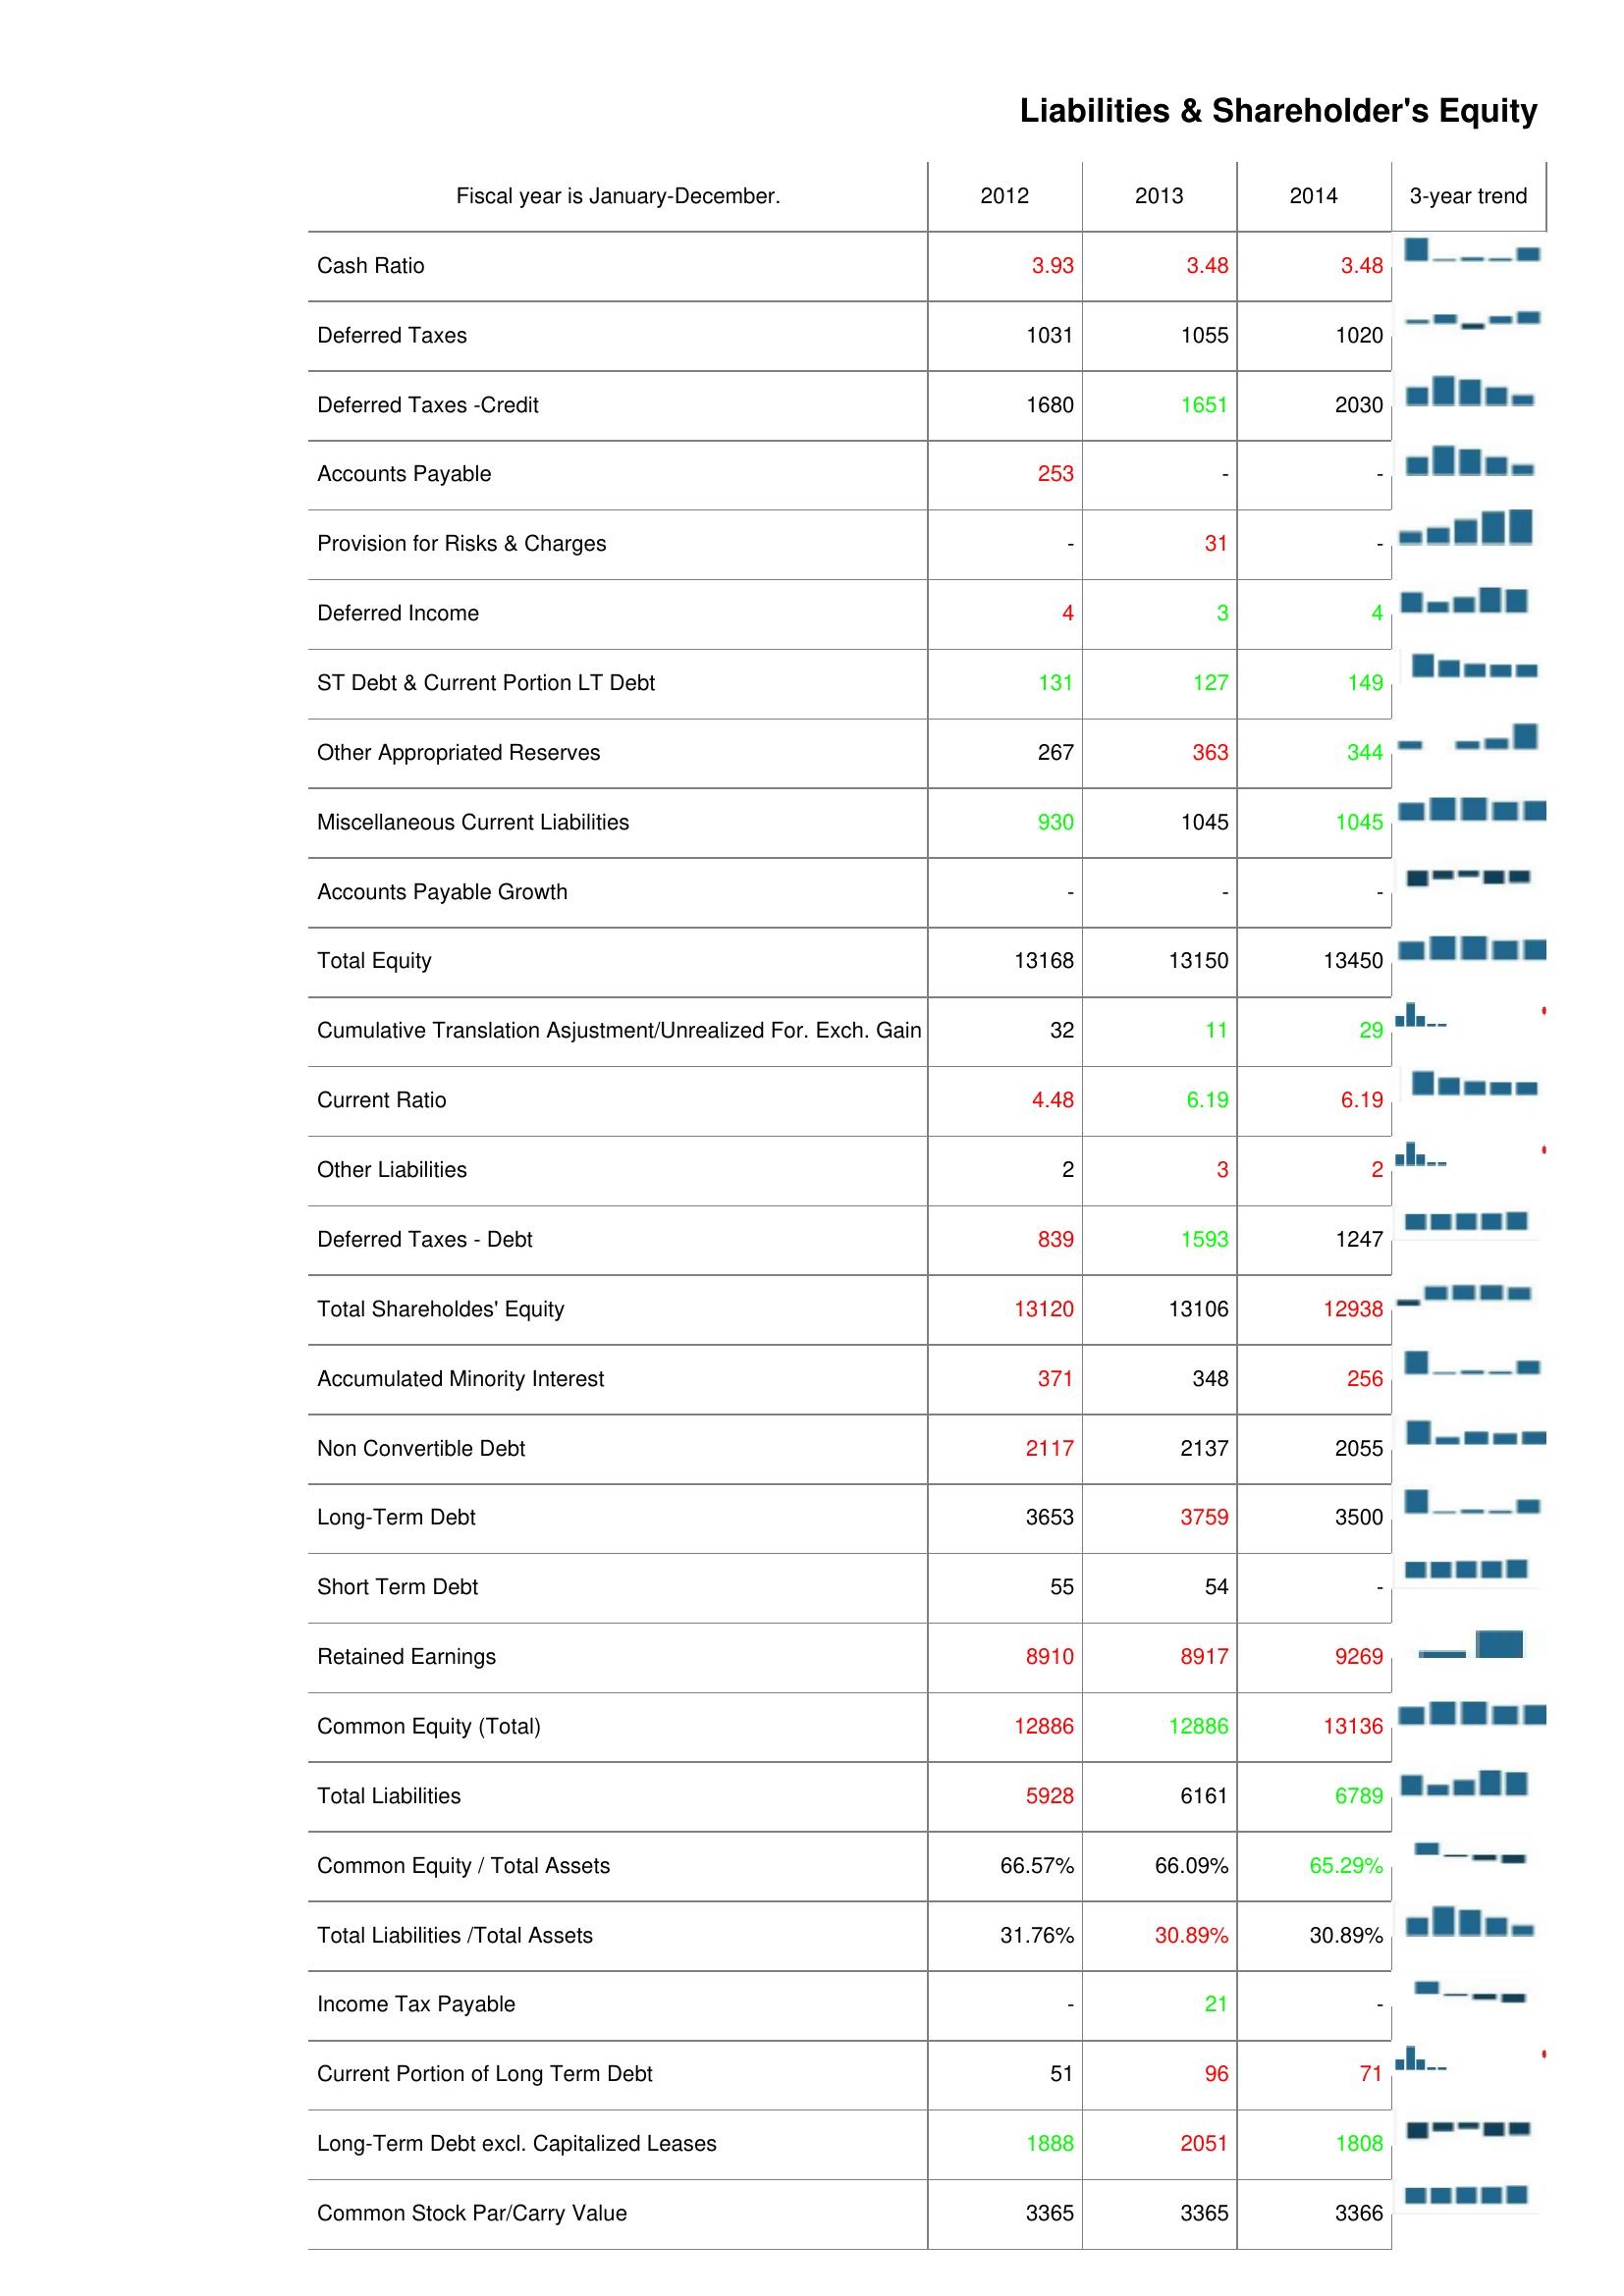
2012: Liabilities & Shareholder's Equity: Cash Ratio: 3.93
Deferred Taxes: 1031
Deferred Taxes -Credit: 1680
Accounts Payable: 253
Provision for Risks & Charges: -
Deferred Income: 4
ST Debt & Current Portion LT Debt: 131
Other Appropriated Reserves: 267
Miscellaneous Current Liabilities: 930
Accounts Payable Growth: -
Total Equity: 13168
Cumulative Translation Asjustment/Unrealized For. Exch. Gain: 32
Current Ratio: 4.48
Other Liabilities: 2
Deferred Taxes - Debt: 839
Total Shareholdes' Equity: 13120
Accumulated Minority Interest: 371
Non Convertible Debt: 2117
Long-Term Debt: 3653
Short Term Debt: 55
Retained Earnings: 8910
Common Equity (Total): 12886
Total Liabilities: 5928
Common Equity / Total Assets: 66.57%
Total Liabilities /Total Assets: 31.76%
Income Tax Payable: -
Current Portion of Long Term Debt: 51
Long-Term Debt excl. Capitalized Leases: 1888
Common Stock Par/Carry Value: 3365
2013: Liabilities & Shareholder's Equity: Cash Ratio: 3.48
Deferred Taxes: 1055
Deferred Taxes -Credit: 1651
Accounts Payable: -
Provision for Risks & Charges: 31
Deferred Income: 3
ST Debt & Current Portion LT Debt: 127
Other Appropriated Reserves: 363
Miscellaneous Current Liabilities: 1045
Accounts Payable Growth: -
Total Equity: 13150
Cumulative Translation Asjustment/Unrealized For. Exch. Gain: 11
Current Ratio: 6.19
Other Liabilities: 3
Deferred Taxes - Debt: 1593
Total Shareholdes' Equity: 13106
Accumulated Minority Interest: 348
Non Convertible Debt: 2137
Long-Term Debt: 3759
Short Term Debt: 54
Retained Earnings: 8917
Common Equity (Total): 12886
Total Liabilities: 6161
Common Equity / Total Assets: 66.09%
Total Liabilities /Total Assets: 30.89%
Income Tax Payable: 21
Current Portion of Long Term Debt: 96
Long-Term Debt excl. Capitalized Leases: 2051
Common Stock Par/Carry Value: 3365
2014: Liabilities & Shareholder's Equity: Cash Ratio: 3.48
Deferred Taxes: 1020
Deferred Taxes -Credit: 2030
Accounts Payable: -
Provision for Risks & Charges: -
Deferred Income: 4
ST Debt & Current Portion LT Debt: 149
Other Appropriated Reserves: 344
Miscellaneous Current Liabilities: 1045
Accounts Payable Growth: -
Total Equity: 13450
Cumulative Translation Asjustment/Unrealized For. Exch. Gain: 29
Current Ratio: 6.19
Other Liabilities: 2
Deferred Taxes - Debt: 1247
Total Shareholdes' Equity: 12938
Accumulated Minority Interest: 256
Non Convertible Debt: 2055
Long-Term Debt: 3500
Short Term Debt: -
Retained Earnings: 9269
Common Equity (Total): 13136
Total Liabilities: 6789
Common Equity / Total Assets: 65.29%
Total Liabilities /Total Assets: 30.89%
Income Tax Payable: -
Current Portion of Long Term Debt: 71
Long-Term Debt excl. Capitalized Leases: 1808
Common Stock Par/Carry Value: 3366